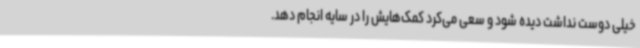
خیلی دوست نداشت دیده شود و سعی می‌کرد کمک‌هایش را در سایه انجام دهد.